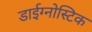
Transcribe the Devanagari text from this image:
डाईग्नोस्टिक